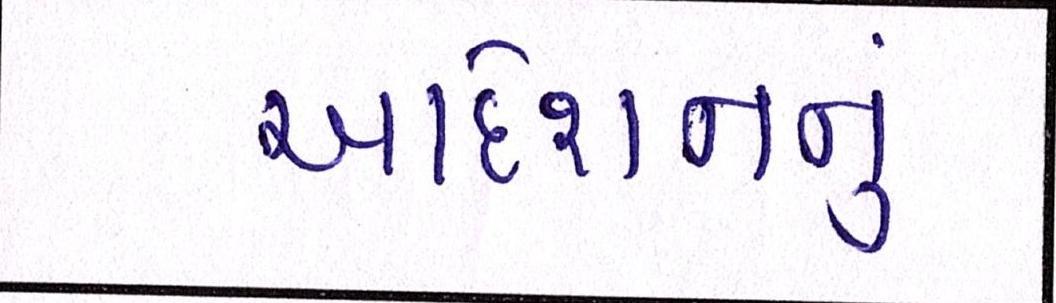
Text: આદેશનનું